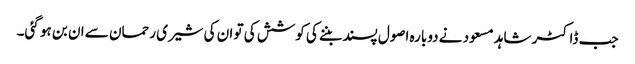
جب ڈاکٹر شاہد مسعود نے دوبارہ اصول پسند بننے کی کوشش کی تو ان کی شیری رحمان سے ان بن ہو گئی۔